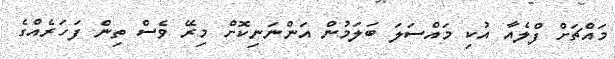
މައްޗަށް ފްލެއާ އުކި މައްސަލަ ބަލަމުން އަންނަނިކޮށް މިރޭ ވެސް ތިން ފަހަރެއްގެ